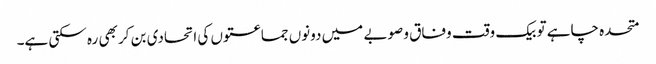
متحدہ چاہے تو بیک وقت وفاق و صوبے میں دونوں جماعتوں کی اتحادی بن کر بھی رہ سکتی ہے۔